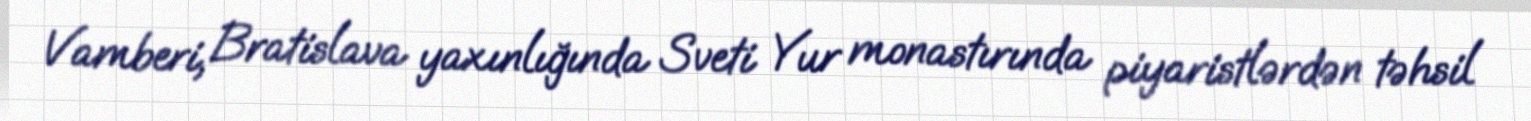
Vamberi, Bratislava yaxınlığında Sveti Yur monastırında piyaristlərdən təhsil